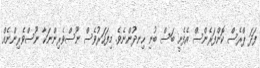
ފަދަ ޕްރެސް ކޮންފަރެންސް އެފެށީ ބަސް ބުނި ހިނދުންނެވެ. މިފަހަރުވެސް ނޫސްވެރިންނަކާ ނޫސްވެރިންނެއް